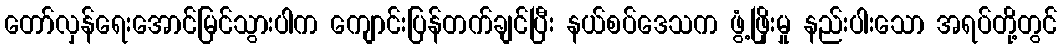
တော်လှန်ရေးအောင်မြင်သွားပါက ကျောင်းပြန်တက်ချင်ပြီး နယ်စပ်ဒေသက ဖွံ့ဖြိုးမှု နည်းပါးသော အရပ်တို့တွင်